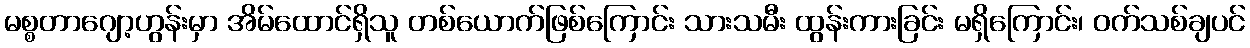
မစ္စတာဂျော့ဟွန်းမှာ အိမ်ထောင်ရှိသူ တစ်ယောက်ဖြစ်ကြောင်း သားသမီး ထွန်းကားခြင်း မရှိကြောင်း၊ ဝက်သစ်ချပင်